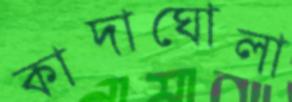
কাদাঘোলা